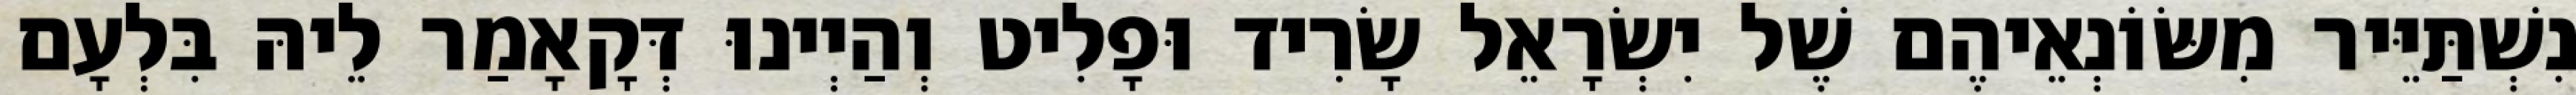
נִשְׁתַּיֵּיר מִשּׂוֹנְאֵיהֶם שֶׁל יִשְׂרָאֵל שָׂרִיד וּפָלִיט וְהַיְינוּ דְּקָאָמַר לֵיהּ בִּלְעָם